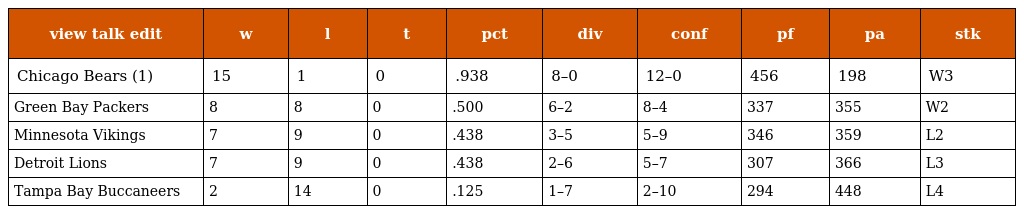
| view talk edit | w | l | t | pct | div | conf | pf | pa | stk |
 | --- | --- | --- | --- | --- | --- | --- | --- | --- | --- |
 | Chicago Bears (1) | 15 | 1 | 0 | .938 | 8–0 | 12–0 | 456 | 198 | W3 |
 | Green Bay Packers | 8 | 8 | 0 | .500 | 6–2 | 8–4 | 337 | 355 | W2 |
 | Minnesota Vikings | 7 | 9 | 0 | .438 | 3–5 | 5–9 | 346 | 359 | L2 |
 | Detroit Lions | 7 | 9 | 0 | .438 | 2–6 | 5–7 | 307 | 366 | L3 |
 | Tampa Bay Buccaneers | 2 | 14 | 0 | .125 | 1–7 | 2–10 | 294 | 448 | L4 |